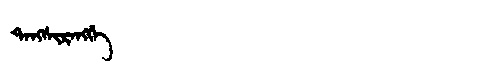
Manchu: ᡨᠠᠩᠰᡳᡵᠠᠩᡤᡝ
Romanization: TANGSIRANGGE